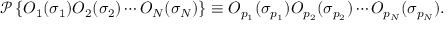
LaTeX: { \mathcal { P } } \left\{ O _ { 1 } ( \sigma _ { 1 } ) O _ { 2 } ( \sigma _ { 2 } ) \cdots O _ { N } ( \sigma _ { N } ) \right\} \equiv O _ { p _ { 1 } } ( \sigma _ { p _ { 1 } } ) O _ { p _ { 2 } } ( \sigma _ { p _ { 2 } } ) \cdots O _ { p _ { N } } ( \sigma _ { p _ { N } } ) .